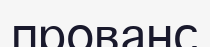
прованс